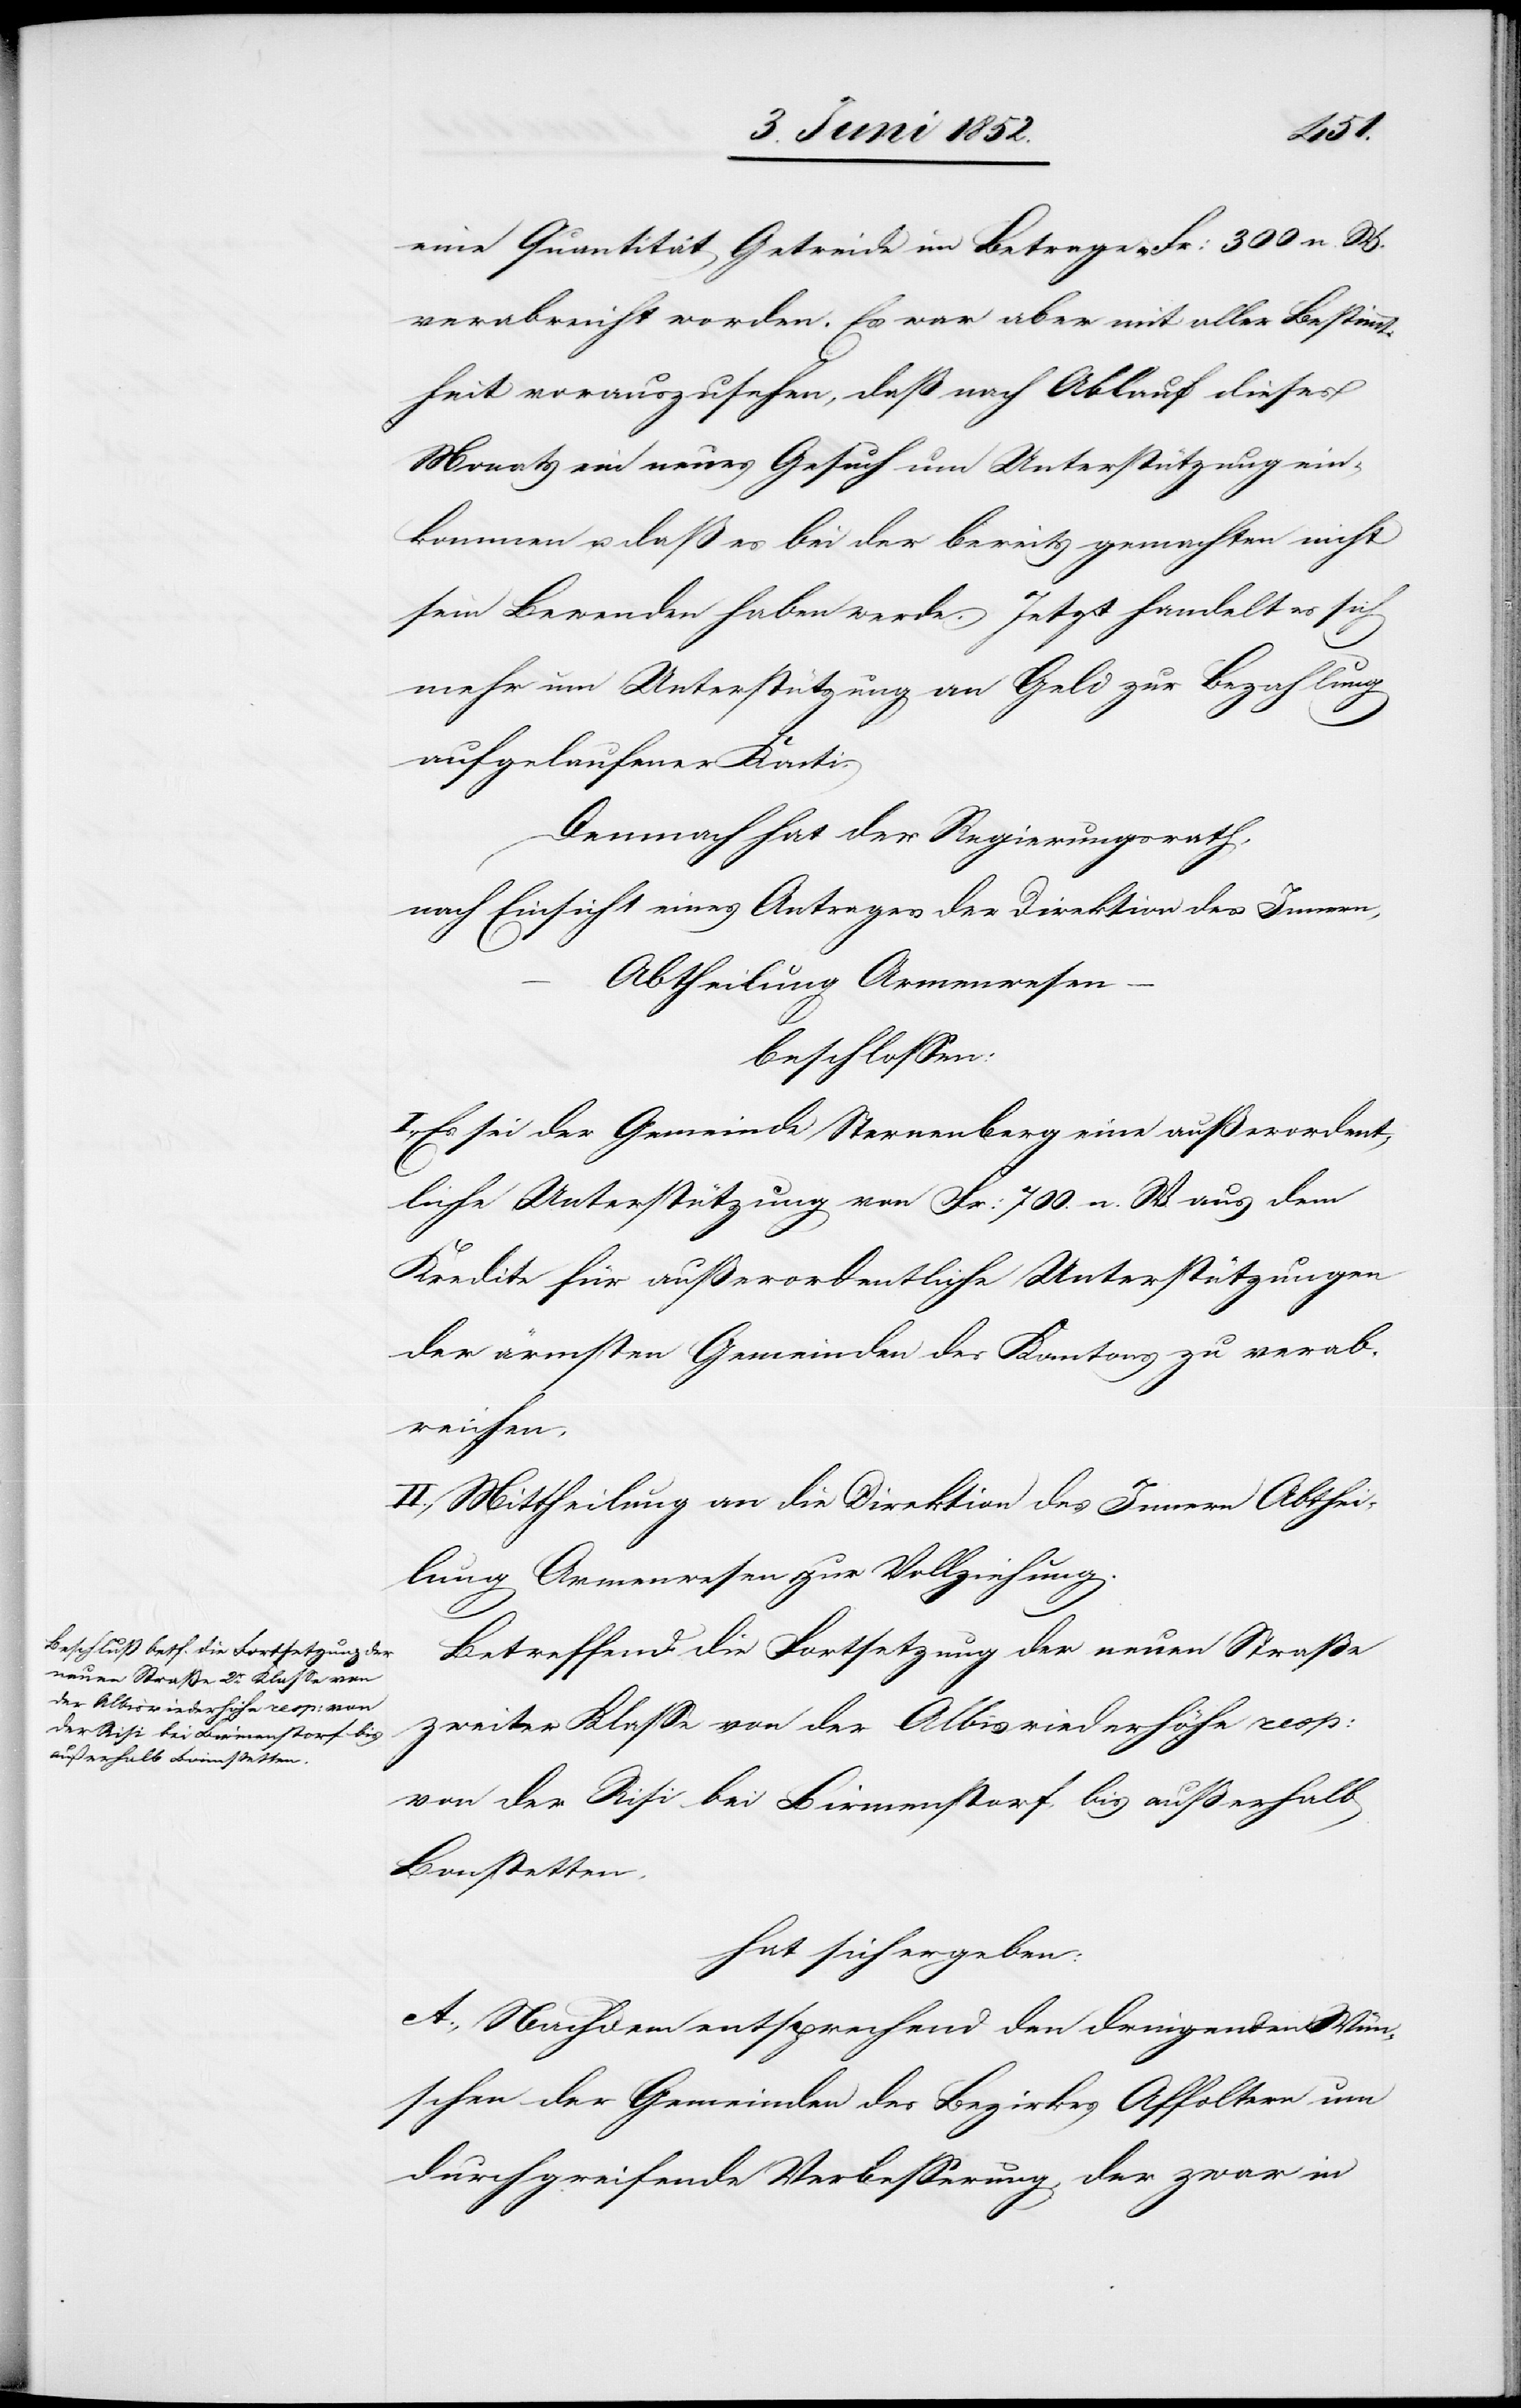
eine Quantität Getreide im Betrage v. Fr: 300 n. W.
verabreicht worden. Es war aber mit aller Bestimmt¬
heit vorauszusehen, daß nach Ablauf dieses
Monats ein neues Gesuch um Unterstützung ein¬
kommen u. daß es bei der bereits gemachten nicht
sein Bewenden haben werde. Jetzt handelt es sich
mehr um Unterstützung an Geld zur Bezahlung
aufgelaufener Konti.
Demnach hat der Regierungsrath,
nach Einsicht eines Antrages der Direktion des Innern,
Abtheilung Armenwesen
beschlossen:
Es sei der Gemeinde Sternenberg eine außerordent¬
liche Unterstützung von Fr: 700. n. W. aus dem
Kredite für außerordentliche Unterstützungen
der ärmsten Gemeinden des Kantons zu verab¬
reichen.
II., Mittheilung an die Direktion des Innern Abthei¬
lung Armenwesen zur Vollziehung.
Betreffend die Fortsetzung der neuen Straße
zweiter Klasse von der Albisriederhöhe resp:
von der Risi bis Birmenstorf, bis außerhalb
Bonstetten.
hat sich ergeben:
A., Nachdem entsprechend den dringenden Wün¬
schen der Gemeinden des Bezirkes Affoltern um
durchgreifende Verbesserung, der zwar in